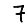
Digit: 7